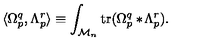
\langle \Omega _ { p } ^ { q } , \Lambda _ { p } ^ { r } \rangle \equiv \int _ { { \cal M } _ { n } } \mathrm { t r } ( \Omega _ { p } ^ { q } * \! \Lambda _ { p } ^ { r } ) .